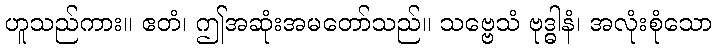
ဟူသည်ကား။ ဧတံ၊ ဤအဆုံးအမတော်သည်။ သဗ္ဗေသံ ဗုဒ္ဓါနံ၊ အလုံးစုံသော